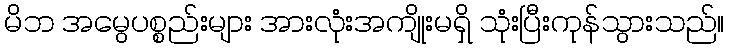
မိဘ အမွေပစ္စည်းများ အားလုံးအကျိုးမရှိ သုံးပြီးကုန်သွားသည်။